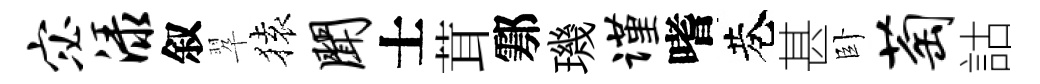
宓渌叙翆𫞤闻士茸鄠璣谨嗜巷甚卧萄詁